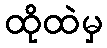
ထိုထဲမှ